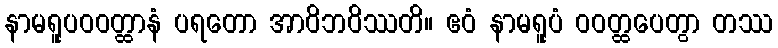
နာမရူပဝဝတ္ထာနံ ပရတော အာဝိဘဝိဿတိ။ ဧဝံ နာမရူပံ ဝဝတ္ထပေတွာ တဿ